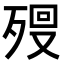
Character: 𣨨